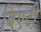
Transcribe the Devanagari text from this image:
बिएटी